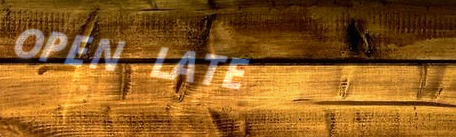
OPEN LATE